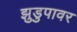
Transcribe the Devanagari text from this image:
झुडुपावर